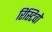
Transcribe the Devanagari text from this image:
रिस्टिवो